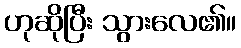
ဟုဆိုပြီး သွားလေ၏။